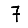
Digit: 7